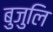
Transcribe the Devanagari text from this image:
बुजुलि